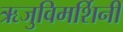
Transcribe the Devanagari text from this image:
ऋजुविमर्शिनी